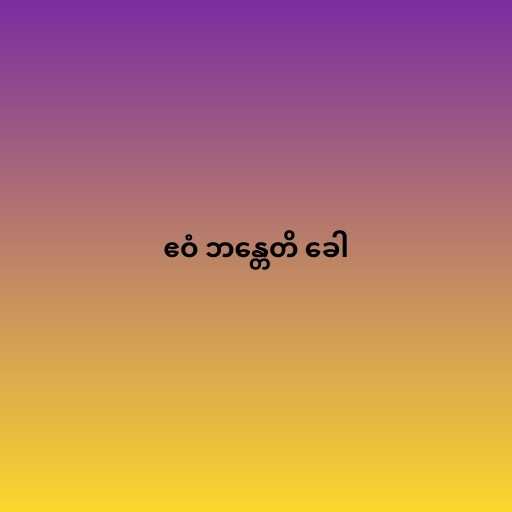
ဧဝံ ဘန္တေတိ ခေါ